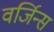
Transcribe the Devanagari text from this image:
वर्जिन्स